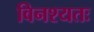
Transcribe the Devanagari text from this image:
विनश्यतः